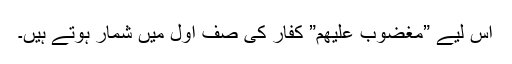
اس لیے ”مغضوب علیھم” کفار کی صفِ اول میں شمار ہوتے ہیں۔